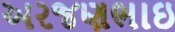
અરજણભાઇ